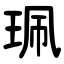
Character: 珮